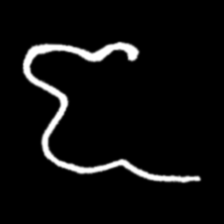
Pyu character \u2014 Myanmar letter: ဇ (romanized: ja)